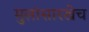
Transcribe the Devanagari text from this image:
मुलांसारखेच